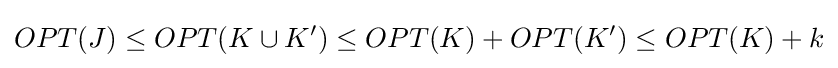
OPT(J)\leq OPT(K\cup K')\leq OPT(K)+OPT(K')\leq OPT(K)+k